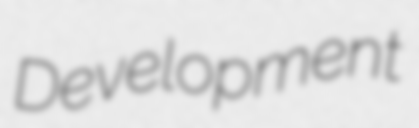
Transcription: Development